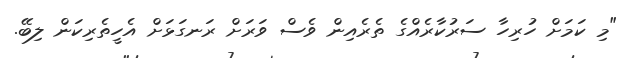
"މި ކަމަށް ހުރިހާ ސަރުކާރެއްގެ ތެރެއިން ވެސް ވަރަށް ރަނގަޅަށް އެހީތެރިކަން ލިބޭ.